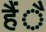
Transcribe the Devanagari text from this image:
हैंै